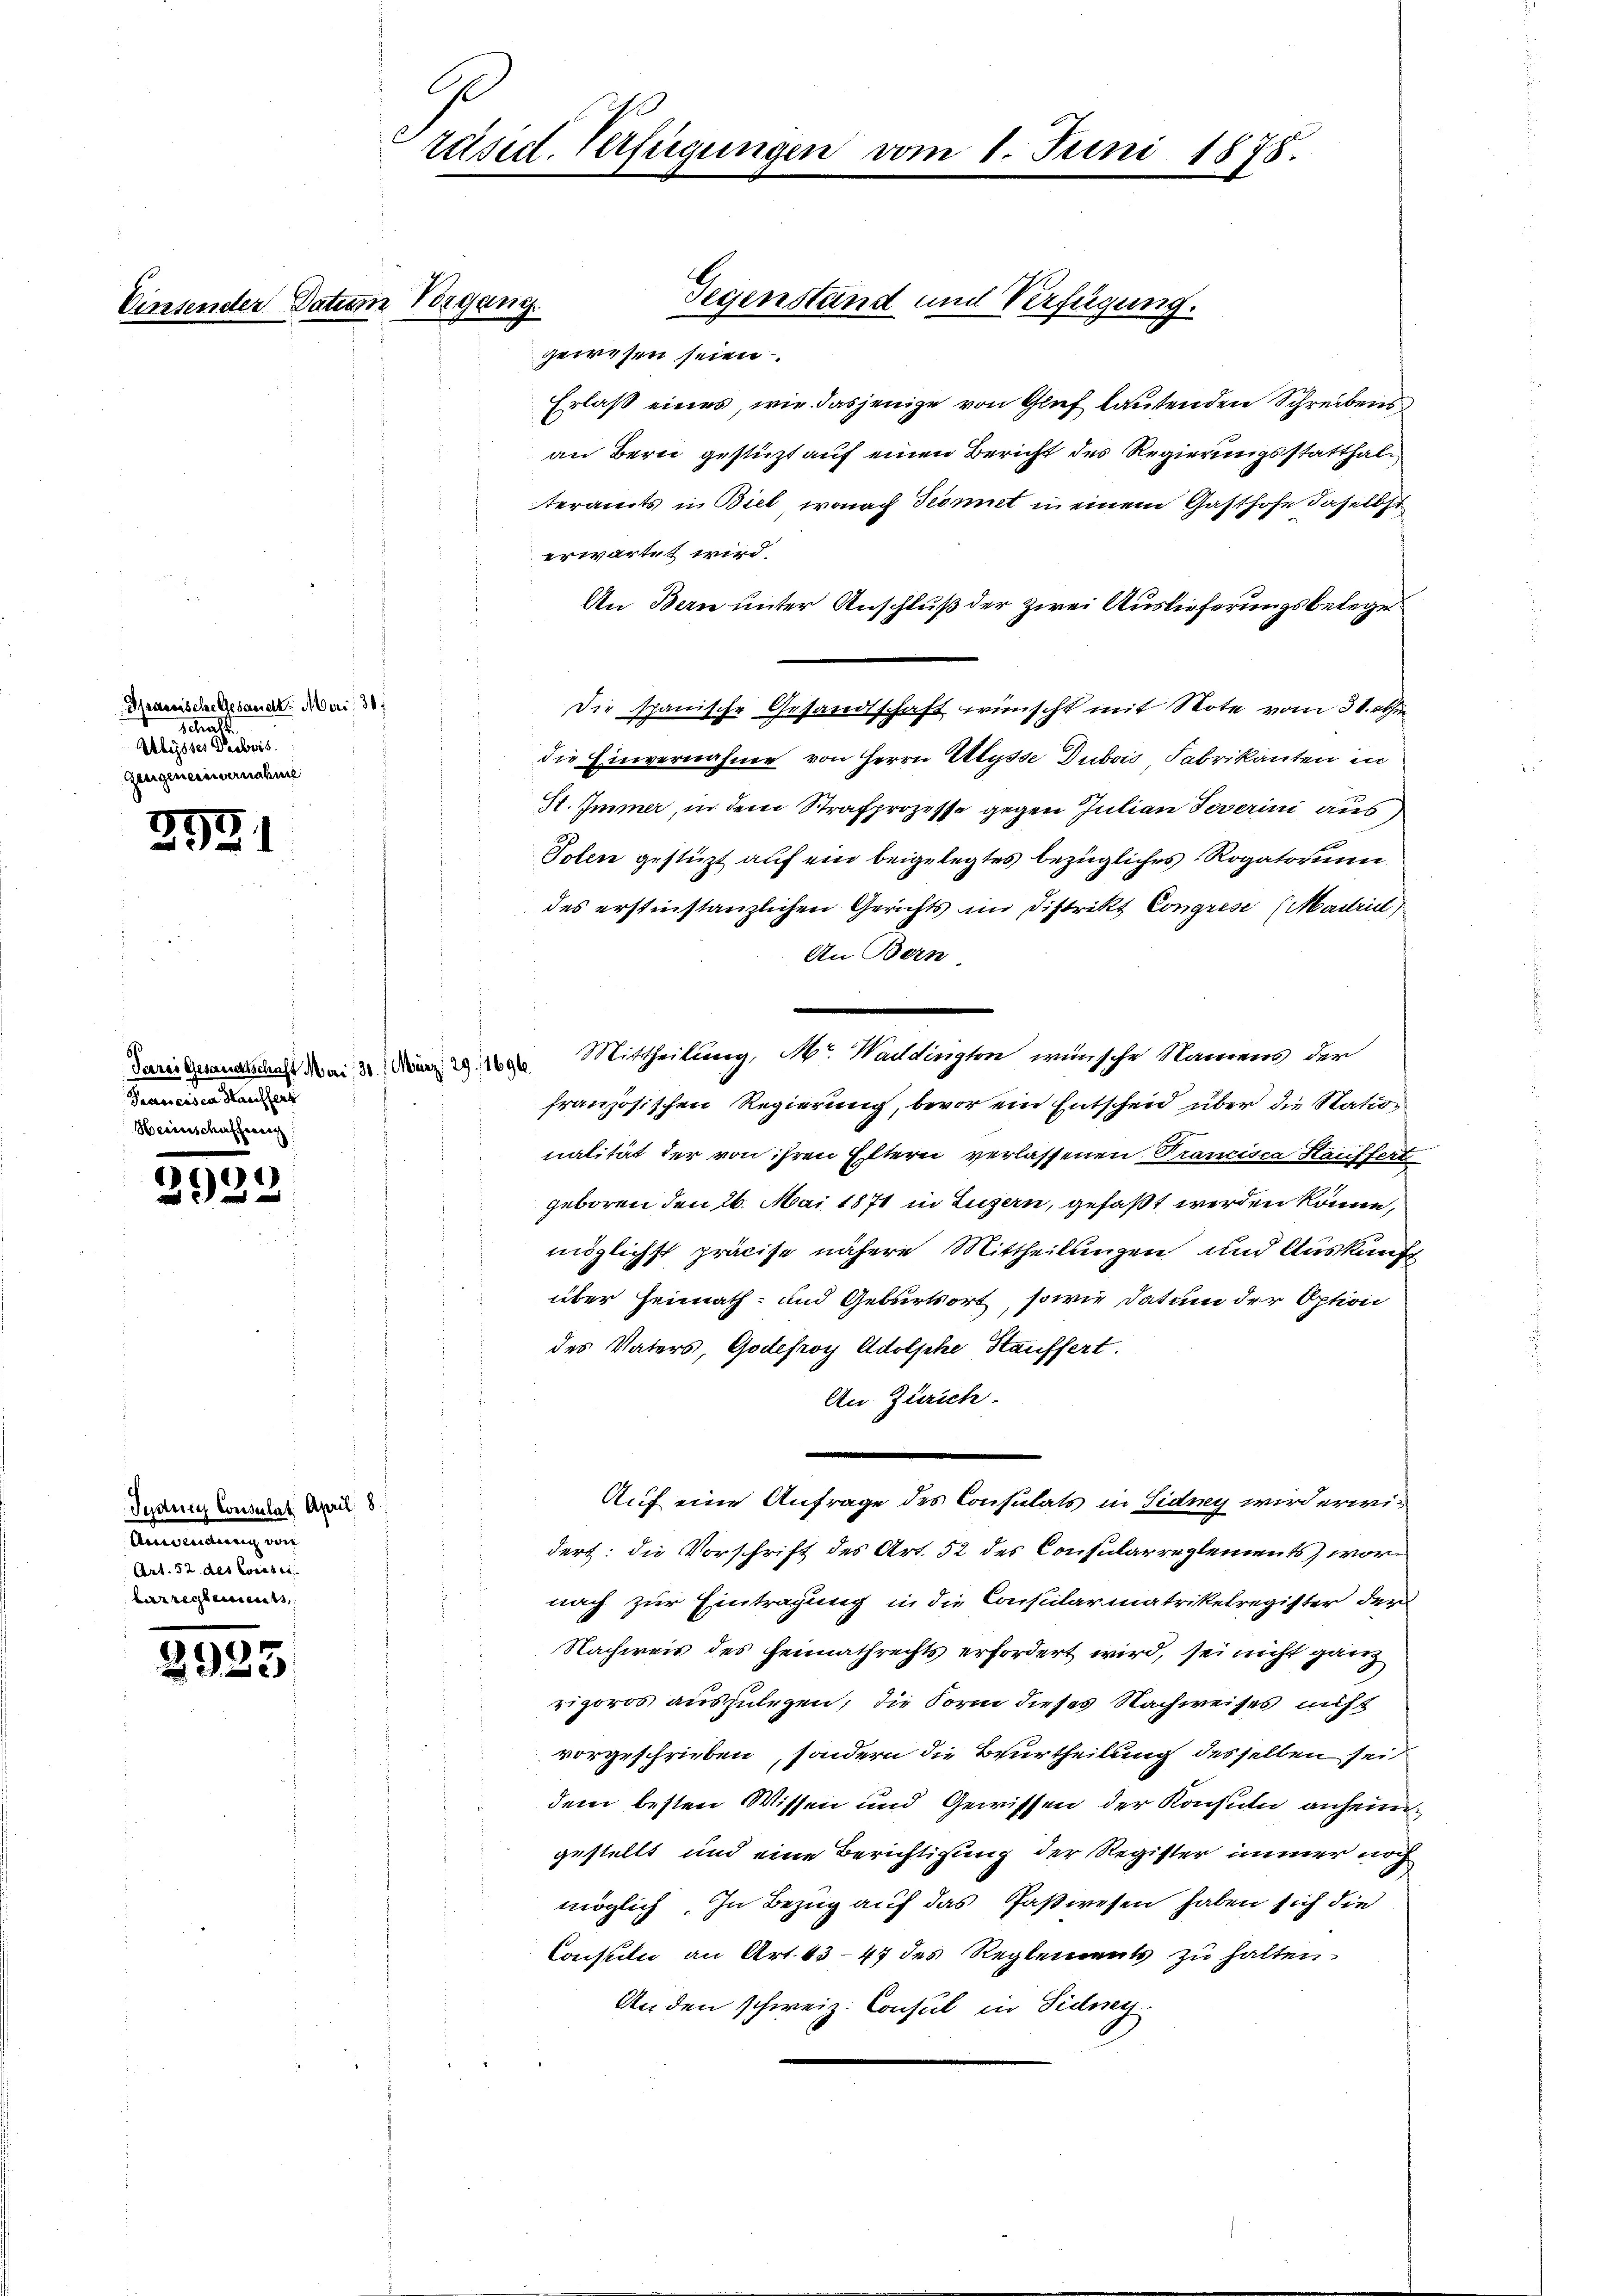
941
 2

Peres Gesandtschaft Mari, 30. / März, 29. 1696.
Prancisca Häuffert
Herinschafferen

)
8
1

e

Jydney Consulat April 8
Anwendung ein
Art. 52 des Curaten
berreglements,

07
2x

Vinsender Datum Vorgang.

Spassische Gesandt Mari; 30
schaft
Alysses Decbris.
Zesigeneinvernahme

räsid. Verfügungen vom 1. Juni 1875.

gewesen seien.
Erlaß eines, wie dasjenige von Graf lautenden Schreibens
an Bern gestützt auf einen Bericht des Regierungsstatthalteramts in Biel, wonach dcomit in einem Gasthofe daselber
erwartet wird.
An Bern unter Anschluß der zwei Auslieferungsbelege
Die spanische Gesandtschaft wünscht mit Note vom 31. abhi
die Einvernahme von Herrn Ulysse Dubois Fabrikanten in
St. Immer, in dem Strafprozesse gegen Julian Severini aus
Polen gestüzt auf ein beigelegtes bezügliches Rogatorium
des erstinstanzlichen Gerichts im Distrikt Congresi (Madrid,
An Bern
Mittheilung, Mr. Waidington wünsche Namens der
französischen Regierung, bevor ein Entscheid über die Nation
nalität der von ihren Eltern verlassenen Trancisca Staiffert
geboren den 26. Mai 1871 in Luzern, gefaßt werden könne,
möglichst präcise nähere Mittheilungen und Auskunft
über Heimath- und Geburtsort, sowie Datum der Option
des Vaters, Godefroy Adolphe, Häuffert
An Zürich.
Auf eine Anfrage des Consulats in Sidney wird erwidert: die Vorschrift des Art. 52 des Consularreglements, wornach zur Eintragung in die Consularmatrikelregister der
Nachweis des Heimathrechts erfordert wird, sei nicht ganz
rigoros auszulegen, die Form dieses Nachweises nicht
vorgeschrieben, sondern die Beurtheilung desselben sei
dem besten Wissen und Gewissen der Konsuln anheine
gestellt und eine Berichtigung der Register immer noch
möglich. In Bezug auf das Paßwesen haben sich die
Constilii an Art. 43-47 des Reglements zu halten.
Anden schweiz. Consul in Sidney

Gegenstand und Verfügung.